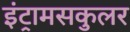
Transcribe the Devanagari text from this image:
इंट्रामसकुलर